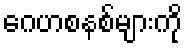
ဂေဟစနစ်များကို